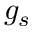
g _ { s }